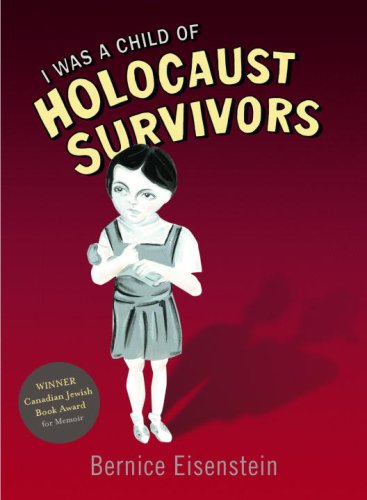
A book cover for I Was a Child of Holocaust Survivors; Bernice Eisenstein; Biographies & Memoirs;